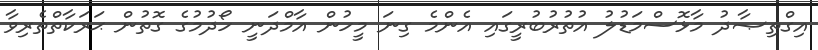
އިގްތިޞާދު މާޅޮސްމަޑުލު އުތުރުބުރީގައި އެންމެ ގިނަ މީހުން އާމްދަނީ ހޯދުމުގެ ގޮތުން ޙަރަކާތްތެރިވާ